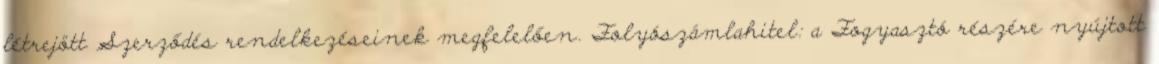
létrejött Szerződés rendelkezéseinek megfelelően. Folyószámlahitel: a Fogyasztó részére nyújtott